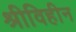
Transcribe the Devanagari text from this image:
श्रीविहीन